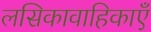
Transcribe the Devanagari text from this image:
लसिकावाहिकाएँ